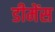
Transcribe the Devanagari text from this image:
डीमेंस